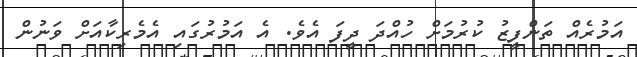
އަމުރެއް ތަންފީޒު ކުރުމަށް ހުއްދަ ދީފަ އެވެ. އެ އަމުރުގައި އެމެރިކާއަށް ވަނުން